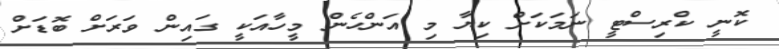
ކޮނީ ކްރިސްޓީ ނަމަކަށް ކިޔާ މި އަންހެން މީހާއަކީ ގައިން ވަރަށް ބޮޑަށް